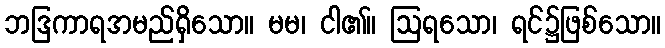
ဘဒြကာရအမည်ရှိသော။ မမ၊ ငါ၏။ ဩရသော၊ ရင်၌ဖြစ်သော။